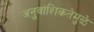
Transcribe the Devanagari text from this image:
अनुवांशिकतेमुळे